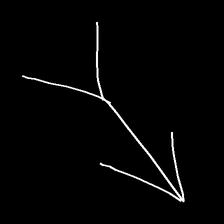
Glyph: gather